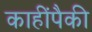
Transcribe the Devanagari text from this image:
काहींपैकी